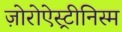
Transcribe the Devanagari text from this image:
ज़ोरोऐस्ट्रीनिस्म